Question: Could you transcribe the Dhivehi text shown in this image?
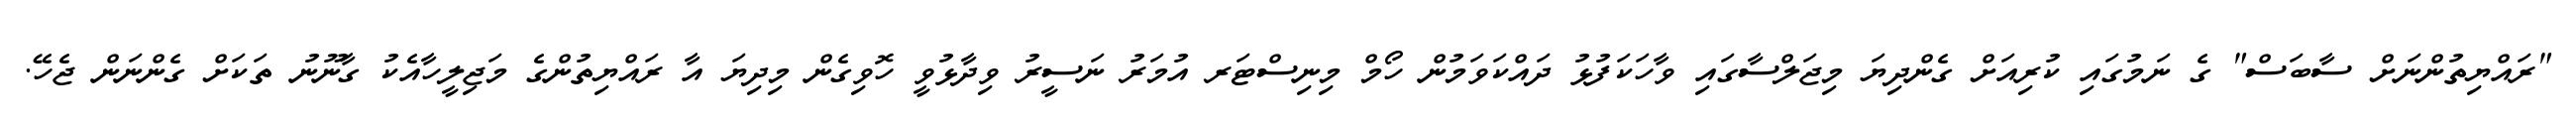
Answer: "ރައްޔިތުންނަށް ސާބަސް" ގެ ނަމުގައި ކުރިއަށް ގެންދިޔަ މިޖަލްސާގައި ވާހަކަފުޅު ދައްކަވަމުން ހޯމް މިނިސްޓަރ އުމަރު ނަސީރު ވިދާޅުވީ ހޮވިގެން މިދިޔަ އާ ރައްޔިތުންގެ މަޖިލީހާއެކު ގާނޫނު ތަކަށް ގެންނަން ޖެހޭ.